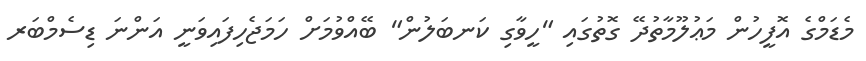
މެޑަމްގެ އޮފީހުން މަޢުލޫމާތުދޭ ގޮތުގައި "ހީވާގި ކަނބަލުން" ބޭއްވުމަށް ހަމަޖެހިފައިވަނީ އަންނަ ޑިސެމްބަރ